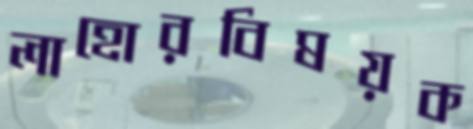
লাহোরবিষয়ক